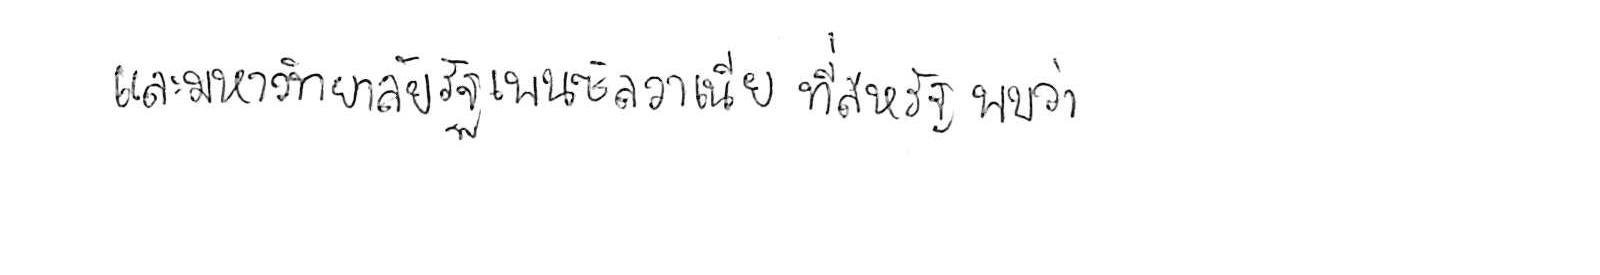
และมหาวิทยาลัยรัฐเพนซิลวาเนีย ที่สหรัฐ พบว่า